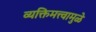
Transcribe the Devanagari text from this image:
व्यक्तिमत्त्वामुळे